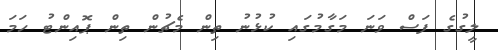
ލީގުގެ ފަސް ވަނަ މަގާމުގައި ކުޅުނު ތިން މެޗުން ތިން ޕޮއިންޓު ހަމަ